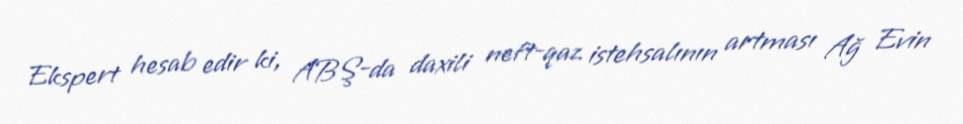
Ekspert hesab edir ki, ABŞ-da daxili neft-qaz istehsalının artması Ağ Evin